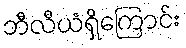
ဘီလီယံရှိကြောင်း